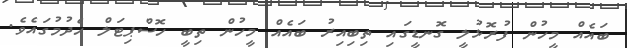
ބައެއް މީހުން ފުރޮޅުލީ ގޮނޑީގައި ތިބިއިރު ބައެއް މީހުން ތިބީ ހޮސްޕިޓަލް ހެދުމުގައެވެ.